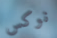
نوكس